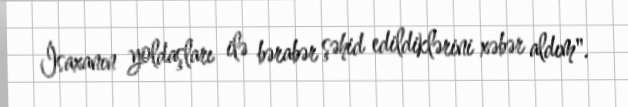
İsaxanın yoldaşları ilə bərabər şəhid edildiklərini xəbər aldım".